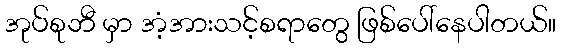
အုပ်စုဘီ မှာ အံ့အားသင့်စရာတွေ ဖြစ်ပေါ်နေပါတယ်။